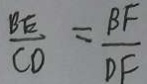
\frac { B E } { C D } = \frac { B F } { D F }